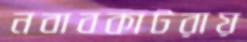
নবাবকাটরায়